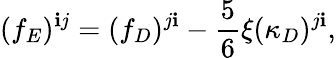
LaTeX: (f_{E})^{\mathbf{i}j}=(f_{D})^{j\mathbf{i}}-\frac{{5}}{{6}}\xi(\kappa_{D})^{j\mathbf{i}},